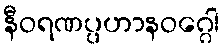
နီဝရဏပ္ပဟာနဝဂ္ဂေါ